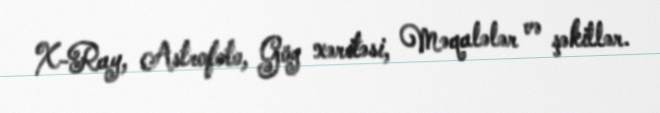
X-Ray, Astrofoto, Göy xəritəsi, Məqalələr və şəkillər.